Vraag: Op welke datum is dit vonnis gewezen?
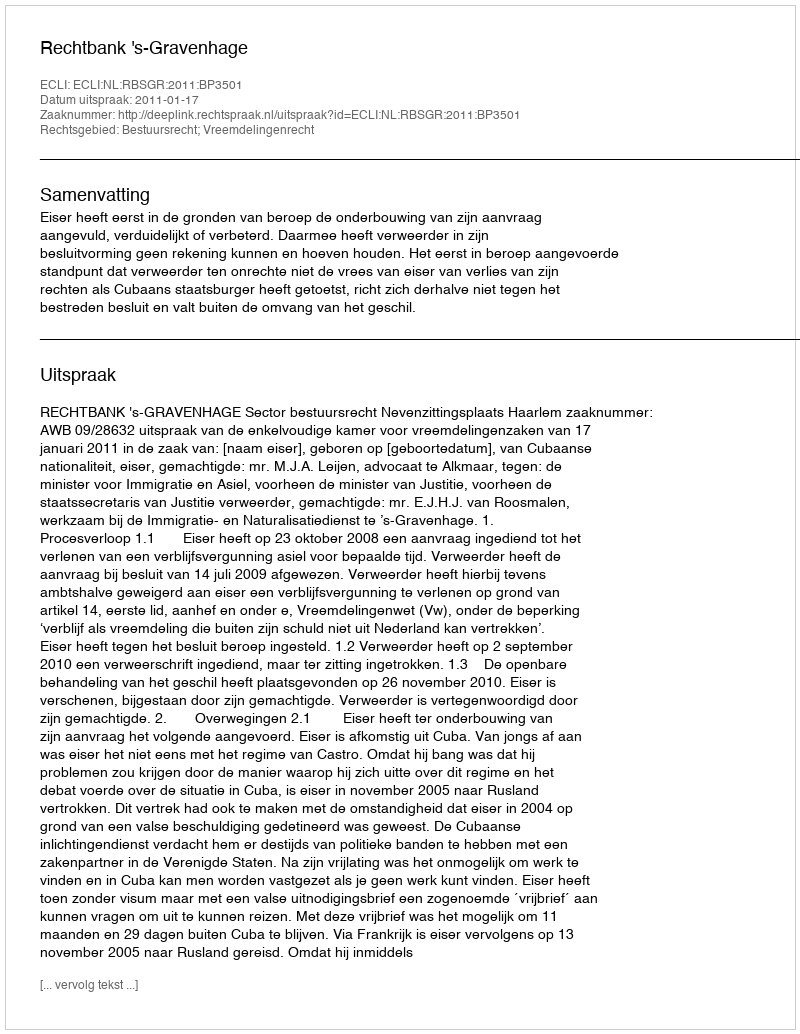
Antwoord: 2011-01-17